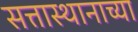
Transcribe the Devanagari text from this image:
सत्तास्थानाच्या